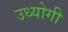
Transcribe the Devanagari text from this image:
उध्योगी